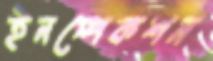
ইনস্পেকশন